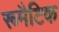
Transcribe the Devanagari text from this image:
रूमैटिक